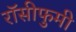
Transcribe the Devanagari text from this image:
रॉसीफुमी